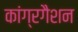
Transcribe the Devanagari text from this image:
कांग्रगैशन